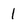
Character: 1